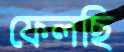
ফেলছি